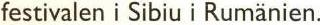
festivalen i Sibiu i Rumänien.